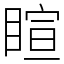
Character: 睻